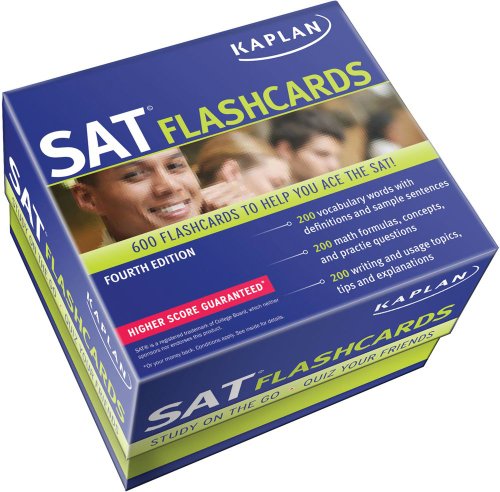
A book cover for Kaplan SAT Flashcards; Kaplan; Test Preparation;